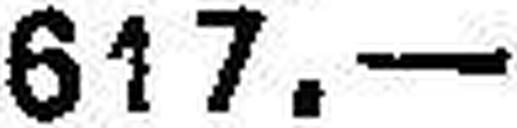
617.—